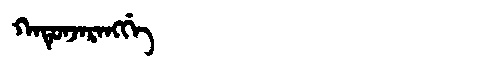
Manchu: ᡴᠠᡨᡠᠨᠵᠠᡵᠠᠩᡤᡝ
Romanization: KATUNJARANGGE